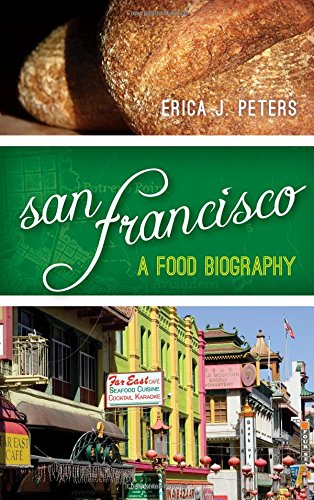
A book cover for San Francisco: A Food Biography (Big City Food Biographies); Erica J. Peters; Cookbooks, Food & Wine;